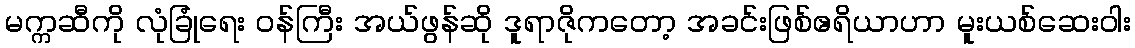
မက္ကဆီကို လုံခြုံရေး ဝန်ကြီး အယ်ဖွန်ဆို ဒူရာဇိုကတော့ အခင်းဖြစ်ဧရိယာဟာ မူးယစ်ဆေးဝါး